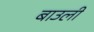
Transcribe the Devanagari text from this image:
बाउली